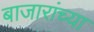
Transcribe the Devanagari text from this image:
बाजारांच्या